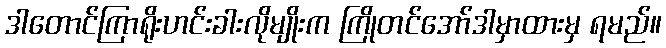
ဒါတောင်ကြာရိုးဟင်းခါးလိုမျိုးက ကြိုတင်အော်ဒါမှာထားမှ ရမည်။